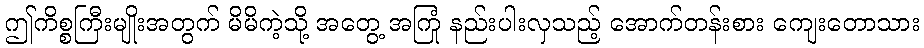
ဤကိစ္စကြီးမျိုးအတွက် မိမိကဲ့သို့ အတွေ့ အကြုံ နည်းပါးလှသည့် အောက်တန်းစား ကျေးတောသား